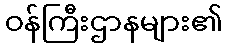
ဝန်ကြီးဌာနများ၏